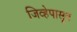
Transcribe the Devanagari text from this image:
जिव्हेपासून